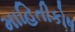
માહિતીકોષ